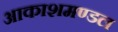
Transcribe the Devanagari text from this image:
आकाशमण्डल